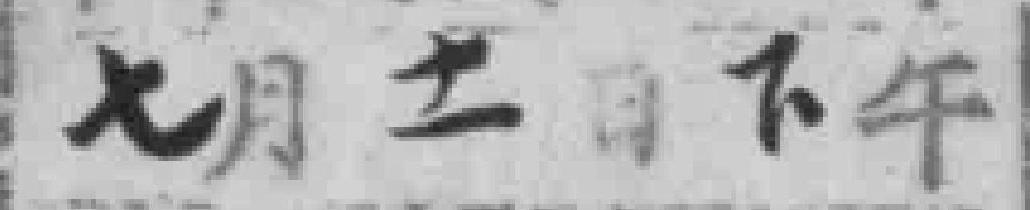
七月十一日下午